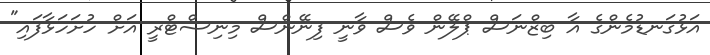
އަޅުގަނޑުމެންގެ އާ ބިޒްނަސް ޕްލޭން ވެސް ވާނީ ފިނޭންސް މިނިސްޓްރީ އަށް ހުށަހަޅާފައި"